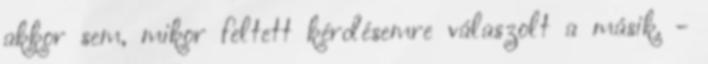
akkor sem, mikor feltett kérdésemre válaszolt a másik. -